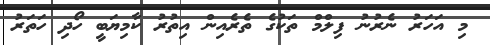
މި އަހަރު ނެރުނު ފިލްމް ތަކުގެ ތެރެއިން އިތުރު ކާމިޔަބީ ހޯދި ހަތަރު